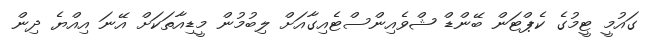
ގައުމީ ޓީމުގެ ކެޕްޓަން ބޭންޑް ޝްވެއިންސްޓެއިގާއަށް ލިބުމުން މީޑިއާތަކަށް އޭނަ އިއްޔެ ދިން